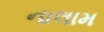
નાલામ